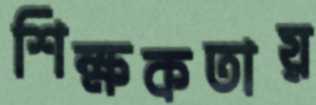
শিক্ষকতায়